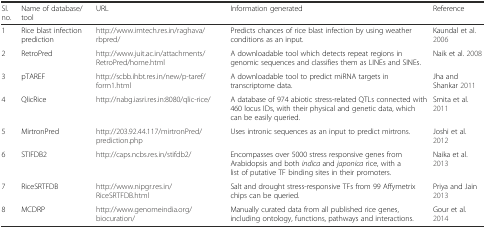
<table><thead><tr><td><b>Sl. no.</b></td><td><b>Name of database/ tool</b></td><td><b>URL</b></td><td><b>Information generated</b></td><td><b>Reference</b></td></tr></thead><tbody><tr><td>1</td><td>Rice blast infection prediction</td><td>http://www.imtech.res.in/raghava/rbpred/</td><td>Predicts chances of rice blast infection by using weather conditions as an input.</td><td>Kaundal et al. 2006</td></tr><tr><td>2</td><td>RetroPred</td><td>http://www.juit.ac.in/attachments/RetroPred/home.html</td><td>A downloadable tool which detects repeat regions in genomic sequences and classifies them as LINEs and SINEs.</td><td>Naik et al. 2008</td></tr><tr><td>3</td><td>pTAREF</td><td>http://scbb.ihbt.res.in/new/p-taref/form1.html</td><td>A downloadable tool to predict miRNA targets in transcriptome data.</td><td>Jha and Shankar 2011</td></tr><tr><td>4</td><td>QlicRice</td><td>http://nabg.iasri.res.in:8080/qlic-rice/</td><td>A database of 974 abiotic stress-related QTLs connected with 460 locus IDs, with their physical and genetic data, which can be easily queried.</td><td>Smita et al. 2011</td></tr><tr><td>5</td><td>MirtronPred</td><td>http://203.92.44.117/mirtronPred/prediction.php</td><td>Uses intronic sequences as an input to predict mirtrons.</td><td>Joshi et al. 2012</td></tr><tr><td>6</td><td>STIFDB2</td><td>http://caps.ncbs.res.in/stifdb2/</td><td>Encompasses over 5000 stress responsive genes from Arabidopsis and both <i>indica</i> and <i>japonica</i> rice, with a list of putative TF binding sites in their promoters.</td><td>Naika et al. 2013</td></tr><tr><td>7</td><td>RiceSRTFDB</td><td>http://www.nipgr.res.in/RiceSRTFDB.html</td><td>Salt and drought stress-responsive TFs from 99 Affymetrix chips can be queried.</td><td>Priya and Jain 2013</td></tr><tr><td>8</td><td>MCDRP</td><td>http://www.genomeindia.org/biocuration/</td><td>Manually curated data from all published rice genes, including ontology, functions, pathways and interactions.</td><td>Gour et al. 2014</td></tr></tbody></table>